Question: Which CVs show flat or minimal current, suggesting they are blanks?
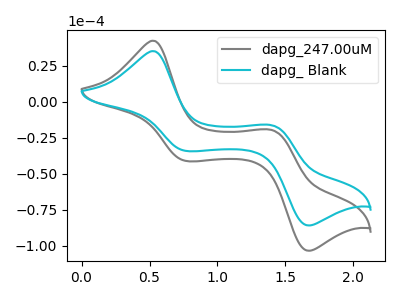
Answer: <think>The gray curve "dapg_247.00uM" has anodic peaks at (0.55V, 42.50uA) (1.40V, -19.70uA) and cathodic peaks at (0.75V, -41.00uA) (1.65V, -103.40uA). The cyan curve "dapg_ Blank" has anodic peaks at (0.55V, 35.25uA) (1.40V, -16.35uA) and cathodic peaks at (0.75V, -34.05uA) (1.65V, -85.85uA).</think>
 <answer>There are not any CV's on this graph that are likely to be blanks.</answer>
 <eval>none</eval>